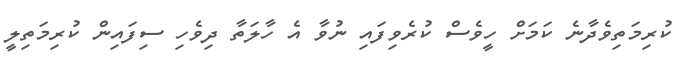
ކުރިމަތިވެދާނެ ކަމަށް ހީވެސް ކުރެވިފައި ނުވާ އެ ހާލަތާ ދިވެހި ސިފައިން ކުރިމަތިލީ